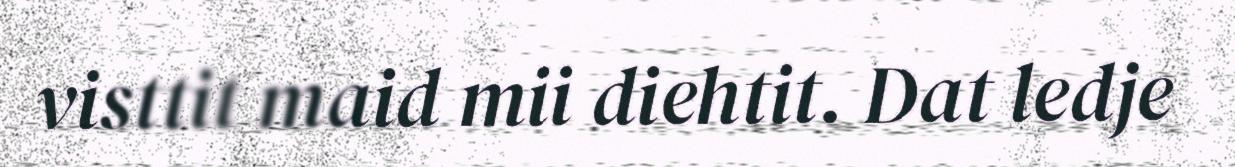
visttit maid mii diehtit. Dat ledje